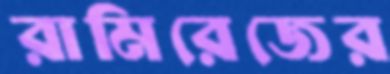
রামিরেজের